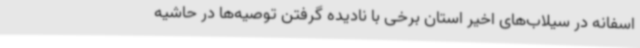
اسفانه در سیلاب‌های اخیر استان برخی با نادیده گرفتن توصیه‌ها در حاشیه